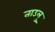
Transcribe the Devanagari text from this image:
ताउलु